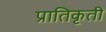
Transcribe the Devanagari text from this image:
प्रातिकृती